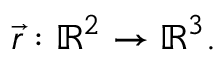
{ \vec { r } } : { \mathbb { R } } ^ { 2 } \rightarrow { \mathbb { R } } ^ { 3 } .